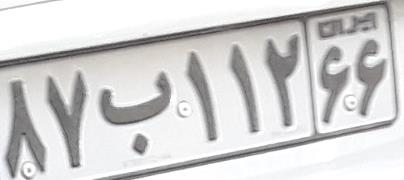
۸۷ب۱۱۲۶۶